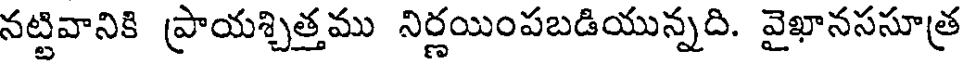
నట్టివానికి ప్రాయశ్చిత్తము నిర్ణయింపబడియున్నది. వైఖానససూత్ర